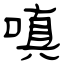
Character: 嗔